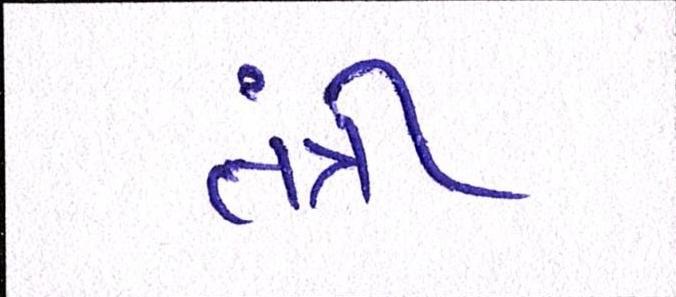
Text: તંત્રી